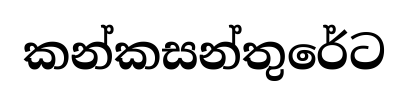
කන්කසන්තුරේට